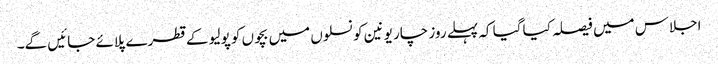
اجلاس میں فیصلہ کیا گیا کہ پہلے روز چار یونین کونسلوں میں بچوں کو پولیو کے قطرے پلائے جائیں گے۔